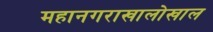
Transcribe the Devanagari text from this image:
महानगराखालोखाल